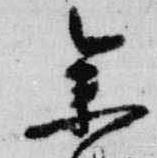
参